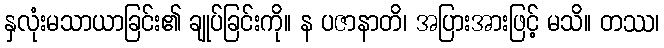
နှလုံးမသာယာခြင်း၏ ချုပ်ခြင်းကို။ န ပဇာနာတိ၊ အပြားအားဖြင့် မသိ။ တဿ၊